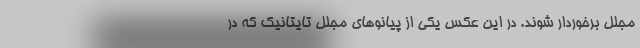
مجلل برخوردار شوند. در این عکس یکی از پیانوهای مجلل تایتانیک که در